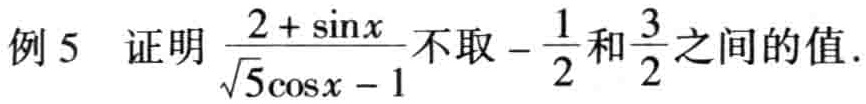
例 5 证明$\frac{2 + \sin x}{\sqrt{5}\cos x - 1}$不取$-\frac{1}{2}$和$\frac{3}{2}$之间的值.